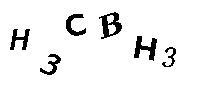
H3CBH3